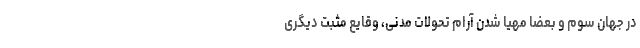
در جهان سوم و بعضاً مهیا شدنِ آرامِ تحولاتِ مدنی، وقایع مثبت دیگری